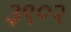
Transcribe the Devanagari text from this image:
३९०२